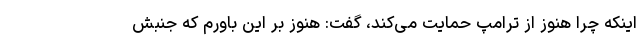
اینکه چرا هنوز از ترامپ حمایت می‌کند، گفت: هنوز بر این باورم که جنبش